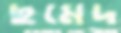
ছমেদ